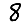
Digit: 8